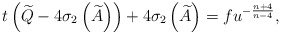
\begin{align*}t\left( \widetilde{Q}-4\sigma _{2}\left( \widetilde{A}\right) \right)+4\sigma _{2}\left( \widetilde{A}\right) =fu^{-\frac{n+4}{n-4}},\end{align*}